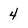
Character: 4